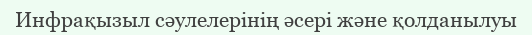
Инфрақызыл сәулелерінің әсері және қолданылуы